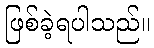
ဖြစ်ခဲ့ရပါသည်။